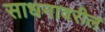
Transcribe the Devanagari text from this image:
साधनावरील